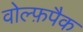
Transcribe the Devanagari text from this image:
वोल्फ़पैक